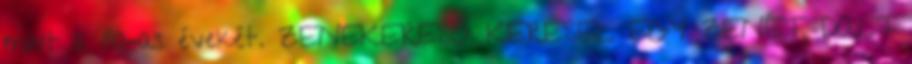
mint a 80-as évekét. ZENEKERESŐ: KERESEL EGY ZENÉT, DALT